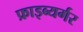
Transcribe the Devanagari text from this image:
फ्राइब्यर्गर